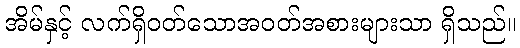
အိမ်နှင့် လက်ရှိဝတ်သောအဝတ်အစားများသာ ရှိသည်။